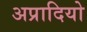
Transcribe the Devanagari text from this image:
अप्रादियो